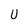
Character: U